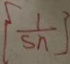
\{ \frac { 1 } { S n } \}